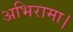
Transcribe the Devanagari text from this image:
अभिरामा।